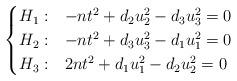
LaTeX: \begin{align*}\begin{cases}H_1:& -nt^2+d_2u_2^2-d_3u_3^2=0\\H_2:& -nt^2+d_3u_3^2-d_1u_1^2=0\\H_3:& 2nt^2+d_1u_1^2-d_2u_2^2=0\end{cases}\end{align*}